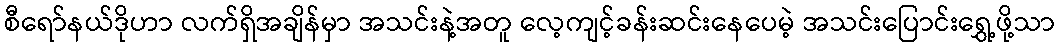
စီရော်နယ်ဒိုဟာ လက်ရှိအချိန်မှာ အသင်းနဲ့အတူ လေ့ကျင့်ခန်းဆင်းနေပေမဲ့ အသင်းပြောင်းရွှေ့ဖို့သာ